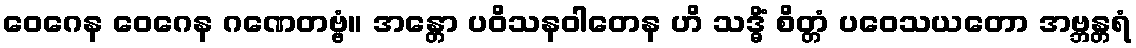
ဝေဂေန ဝေဂေန ဂဏေတဗ္ဗံ။ အန္တော ပဝိသနဝါတေန ဟိ သဒ္ဓိံ စိတ္တံ ပဝေသယတော အဗ္ဘန္တရံ